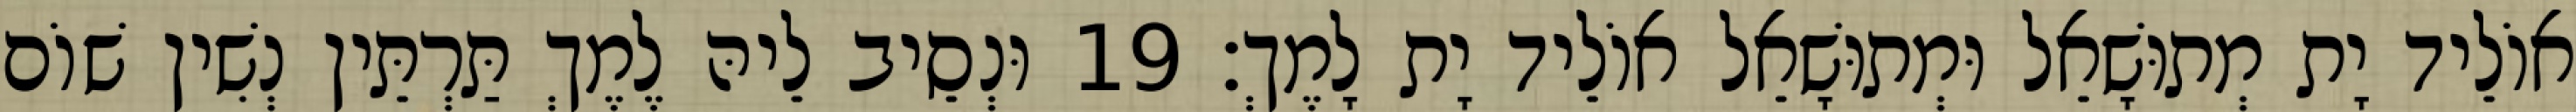
אוֹלֵיד יָת מְתוּשָׁאֵל וּמְתוּשָׁאֵל אוֹלֵיד יָת לָמֶךְ׃ 19 וּנְסֵיב לֵיהּ לֶמֶךְ תַּרְתֵּין נְשִׁין שׁוֹם